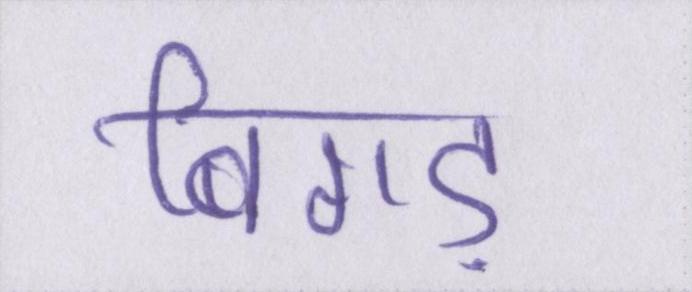
बिगड़